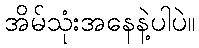
အိမ်သုံးအနေနဲ့ပါပဲ။